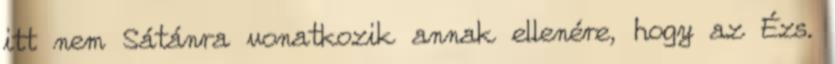
itt nem Sátánra vonatkozik annak ellenére, hogy az Ézs.